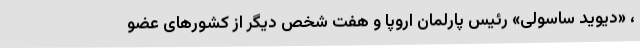
، «دیوید ساسولی» رئیس پارلمان اروپا و هفت شخص دیگر از کشورهای عضو